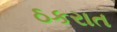
ઠકરાત